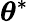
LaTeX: {\boldsymbol{\theta}}^{*}